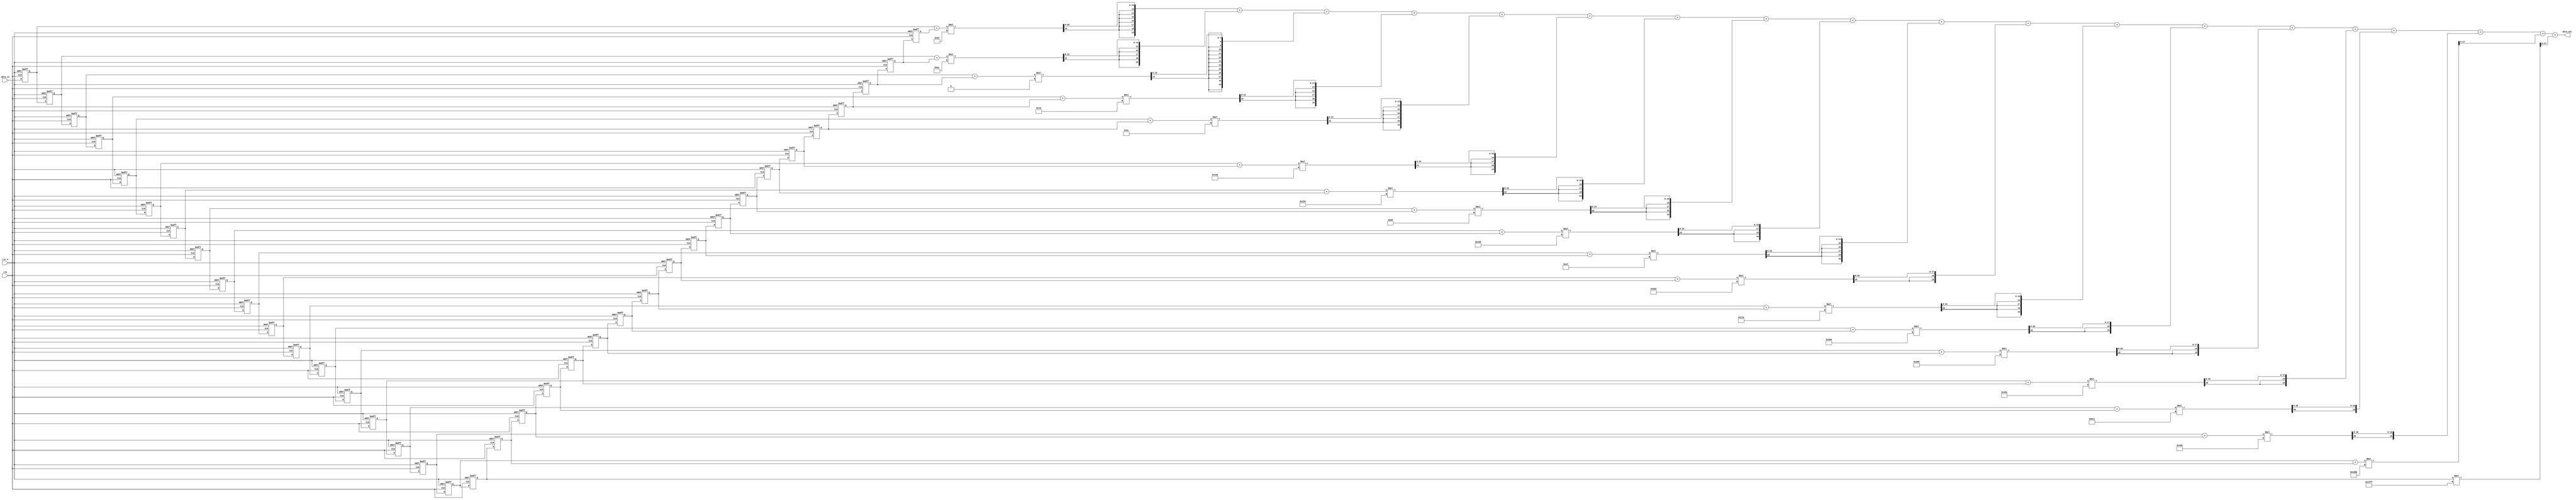
`timescale 1ns / 1ps
//////////////////////////////////////////////////////////////////////////////////
// Company: 
// Engineer: 
// 
// Design Name: 
// Module Name: fir
// Project Name: 
// Target Devices: 
// Tool Versions: 
// Description: 
// 
// Dependencies: 
// 
// Revision:
// Revision 0.01 - File Created
// Additional Comments:
// 
//////////////////////////////////////////////////////////////////////////////////


module fir
#(
    parameter WL = 14,
    parameter MAC_WL = 20,
    parameter tap_num = 37,
    parameter fold_length = 19
)
(
    input  wire       clk,
    input  wire       rst_n,
    input  wire signed     [WL-1:0] data_in,
    output wire signed [MAC_WL-1:0] data_out
);
    // assign taps (folded length = 19) and its value
    //--------------------------------------------
    wire signed [WL-1:0] tap [fold_length-1:0];
    assign tap[0]  = -14'd19;
    assign tap[1]  = -14'd68;
    assign tap[2]  =  14'd0;
    assign tap[3]  =  14'd120;
    assign tap[4]  =  14'd60;
    assign tap[5]  = -14'd166;
    assign tap[6]  = -14'd176;
    assign tap[7]  =  14'd169;
    assign tap[8]  =  14'd344;
    assign tap[9]  = -14'd89;
    assign tap[10] = -14'd557;
    assign tap[11] = -14'd134;
    assign tap[12] =  14'd781;
    assign tap[13] =  14'd592;
    assign tap[14] = -14'd982;
    assign tap[15] = -14'd1588;
    assign tap[16] =  14'd1120;
    assign tap[17] =  14'd5819;
    assign tap[18] =  14'd8191;
    //---------------------------------------------
    
    //declare the input buffer (shift register for input data)
    //---------------------------------------------
    reg signed [WL-1:0]   inputbuffer[0:tap_num-1];
    //---------------------------------------------
    
    //initialize the input buffer and the behavior of shift
    //---------------------------------------------
    integer i;
    always@(posedge clk or negedge rst_n) begin
        if(~rst_n) begin
            for(i=0;i<tap_num;i=i+1) begin
                inputbuffer[i] <= 14'd0;
            end
        end else begin
                inputbuffer[0] <= data_in;
            for(i=tap_num-1;i>0;i=i-1) begin
                inputbuffer[i] <= inputbuffer[i-1];
            end
        end
    end
    //---------------------------------------------
    
    //declare the temp buffer (to sum up the x[0] and x[36]...) Note: the bit should be 13 rather than input buffer to avoid overflow
    //---------------------------------------------
    reg signed [WL:0] temp_buffer [(fold_length-1):0];
    //---------------------------------------------
    
    //initialize the temp_buffer and the behavior of adder
    //---------------------------------------------
    integer ii;
    always@* begin
        for(ii=0;ii<(fold_length-1);ii=ii+1) begin
            temp_buffer[ii] = inputbuffer[ii] + inputbuffer[36-ii];
        end
        temp_buffer[18] = inputbuffer[18];
    end
//    always@(posedge clk or negedge rst_n) begin
//        if(~rst_n) begin
//            for(ii=0;ii<(fold_length-1);ii=ii+1) begin
//                temp_buffer[ii] <= 15'd0;
//            end
//        end else begin
//            for(ii=0;ii<(fold_length-1);ii=ii+1) begin
//                temp_buffer[ii] <= inputbuffer[ii] + inputbuffer[36-ii];
//            end
//                temp_buffer[18] <= inputbuffer[18];
//        end
//    end
    //---------------------------------------------
    
    //declare the mul buffer (store each element of multiplication(taps[0]*input[0] ---> taps[1]*input[0],taps[0]*input[1]..., and so on))
    //---------------------------------------------
    wire signed [(WL+WL)-1:0] mul_tmp [0:fold_length-1]; // the bit length should be 25
    wire signed [MAC_WL-1:0] mul [0:fold_length-1];
    //---------------------------------------------
    
    //the behavier of multiplication
    //---------------------------------------------
    genvar j;
    generate
        for(j=0;j<fold_length;j=j+1) begin
            assign mul_tmp[j] = temp_buffer[j] * tap[j];
        end
    endgenerate
    genvar jj;
    generate
        for(jj=0;jj<fold_length;jj=jj+1) begin
            assign mul[jj] = mul_tmp[jj][(WL+WL-1)-:20]; //note: the bit number should be 20 
        end
    endgenerate
    //---------------------------------------------
    
    //declare the add buffer (add each element of multiplication result)
    //---------------------------------------------
    reg signed [MAC_WL-1:0] add;
    //---------------------------------------------
    
    //the behavior of adder
    //---------------------------------------------    
    always@* begin
        add = mul[0] + mul[1] + mul[2] + mul[3] + mul[4] + mul[5] + mul[6] + mul[7] + 
              mul[8] + mul[9] + mul[10] + mul[11] + mul[12] + mul[13] + mul[14] + mul[15] +
              mul[16] + mul[17] + mul[18];
    end
    //---------------------------------------------
    
    assign data_out = add;


endmodule